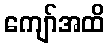
ကျော်အထိ